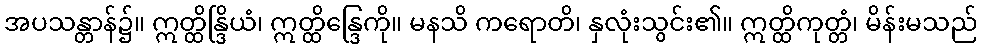
အပသန္တာန်၌။ ဣတ္ထိန္ဒြိယံ၊ ဣတ္ထိန္ဒြေကို။ မနသိ ကရောတိ၊ နှလုံးသွင်း၏။ ဣတ္ထိကုတ္တံ၊ မိန်းမသည်